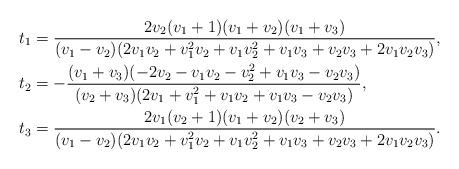
LaTeX: \begin{align*}t_1&=\frac{2v_2(v_1+1)(v_1+v_2)(v_1+v_3)}{(v_1-v_2)(2v_1v_2+v_1^2v_2+v_1v_2^2+v_1v_3+v_2v_3+2v_1v_2v_3)},\\t_2&=-\frac{(v_1+v_3)(-2v_2-v_1v_2-v_2^2+v_1v_3-v_2v_3)}{(v_2+v_3)(2v_1+v_1^2+v_1v_2+v_1v_3-v_2v_3)},\\t_3&=\frac{2v_1(v_2+1)(v_1+v_2)(v_2+v_3)}{(v_1-v_2)(2v_1v_2+v_1^2v_2+v_1v_2^2+v_1v_3+v_2v_3+2v_1v_2v_3)}.\end{align*}